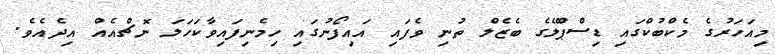
މިއަހަރުގެ މެކްބުކްގައި ޑިސްޕްލޭގެ ބެޒެލް ތުނި ވެފައި އައިފޯނުގައި ހިމެނިފައިވާކަހަލަ ނޮޗްއެއް އިދެއެވެ.